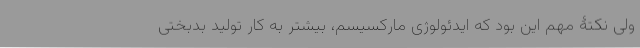
ولی نکتۀ مهم این بود که ایدئولوژی مارکسیسم، بیشتر به کار تولید بدبختی